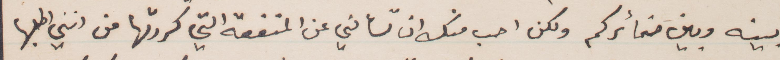
بينه وبين ضمائركم ولكن احب منك ان تسألني عن المنفعة التي كررتها من انني اطلبها